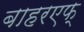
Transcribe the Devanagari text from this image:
बाहरएफ्